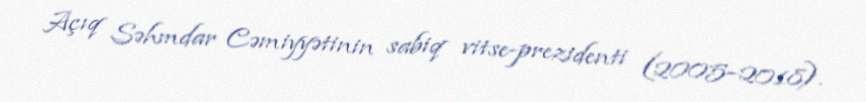
Açıq Səhmdar Cəmiyyətinin sabiq vitse-prezidenti (2005–2018).